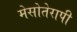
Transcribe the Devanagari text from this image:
मेसोतेरापी